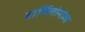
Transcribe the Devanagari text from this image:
बार्थिलोमोव्ह